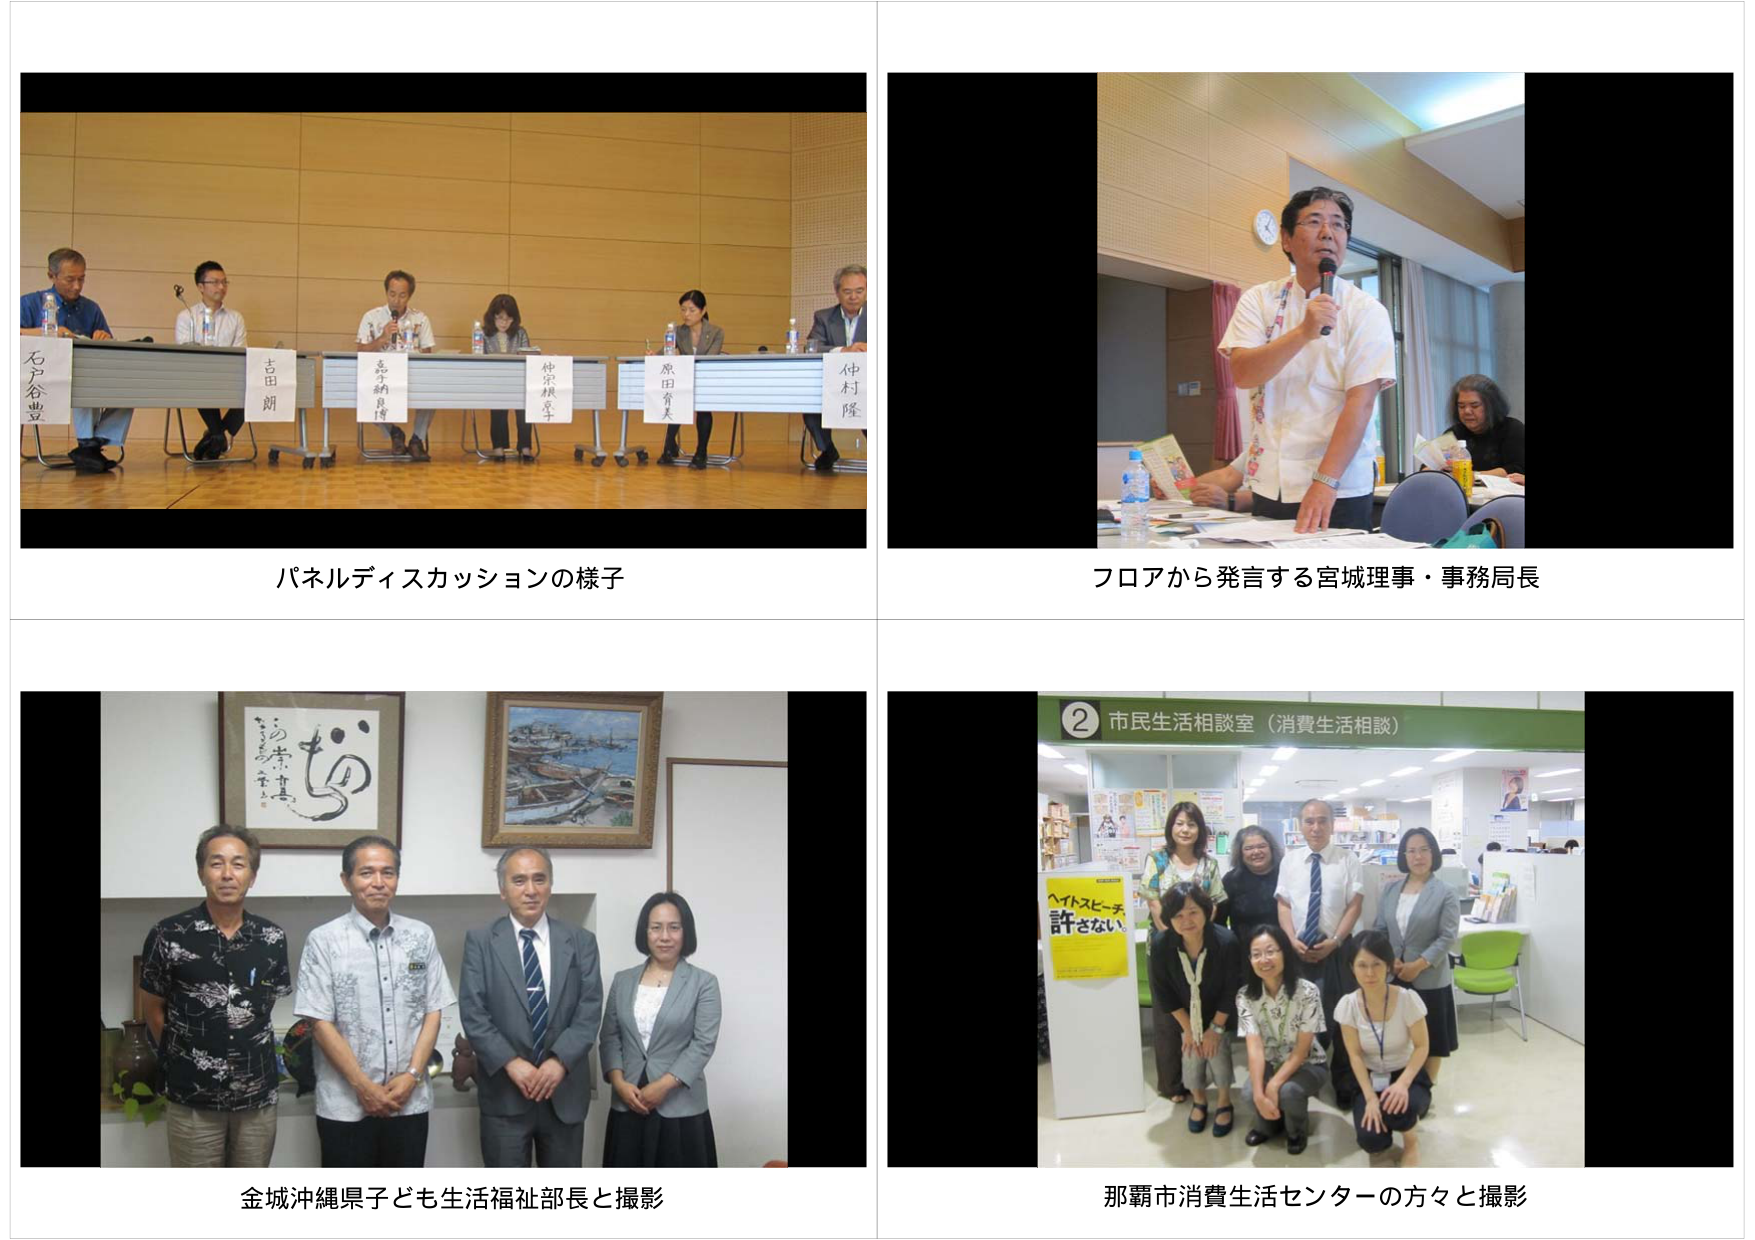
石戸谷豊豊
吉田朗
嘉手納良博
仲宗根京子
原田有美
仲村隆

パネルディスカッションの様子

フロアから発言する宮城理事・事務局長

② 市民生活相談室（消費生活相談）
ペットスピーチ
許さない

金城沖縄県子ども生活福祉部長と撮影

那覇市消費生活センターの方々と撮影